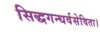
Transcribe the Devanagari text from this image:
सिद्धगन्धर्वसेविता।